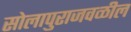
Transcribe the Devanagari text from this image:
सोलापुराजवळील